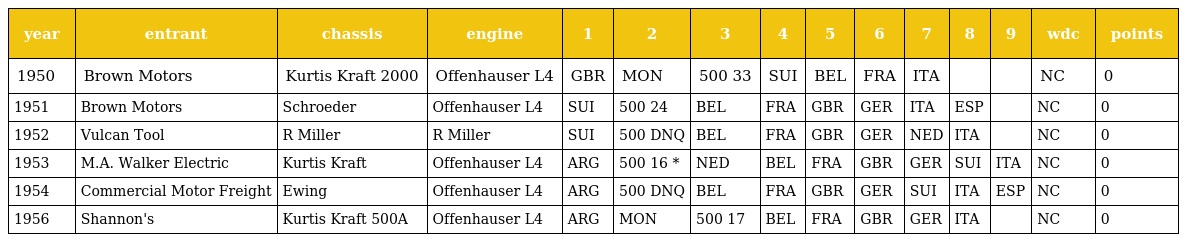
| year | entrant | chassis | engine | 1 | 2 | 3 | 4 | 5 | 6 | 7 | 8 | 9 | wdc | points |
 | --- | --- | --- | --- | --- | --- | --- | --- | --- | --- | --- | --- | --- | --- | --- |
 | 1950 | Brown Motors | Kurtis Kraft 2000 | Offenhauser L4 | GBR | MON | 500 33 | SUI | BEL | FRA | ITA |  |  | NC | 0 |
 | 1951 | Brown Motors | Schroeder | Offenhauser L4 | SUI | 500 24 | BEL | FRA | GBR | GER | ITA | ESP |  | NC | 0 |
 | 1952 | Vulcan Tool | R Miller | R Miller | SUI | 500 DNQ | BEL | FRA | GBR | GER | NED | ITA |  | NC | 0 |
 | 1953 | M.A. Walker Electric | Kurtis Kraft | Offenhauser L4 | ARG | 500 16 * | NED | BEL | FRA | GBR | GER | SUI | ITA | NC | 0 |
 | 1954 | Commercial Motor Freight | Ewing | Offenhauser L4 | ARG | 500 DNQ | BEL | FRA | GBR | GER | SUI | ITA | ESP | NC | 0 |
 | 1956 | Shannon's | Kurtis Kraft 500A | Offenhauser L4 | ARG | MON | 500 17 | BEL | FRA | GBR | GER | ITA |  | NC | 0 |